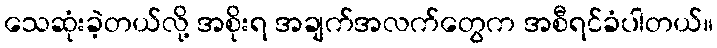
သေဆုံးခဲ့တယ်လို့ အစိုးရ အချက်အလက်တွေက အစီရင်ခံပါတယ်။